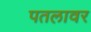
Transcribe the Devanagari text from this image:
पतलावर